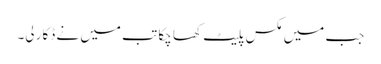
جب میں مکس پلیٹ کھا چکا تب میں نے ڈکار لی۔